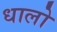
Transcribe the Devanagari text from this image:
धालो